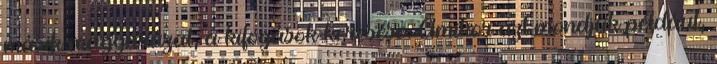
másik magyarázat, a kifogások keresése. Amikor azt mondjuk például,